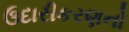
ઉદારીકરણનો